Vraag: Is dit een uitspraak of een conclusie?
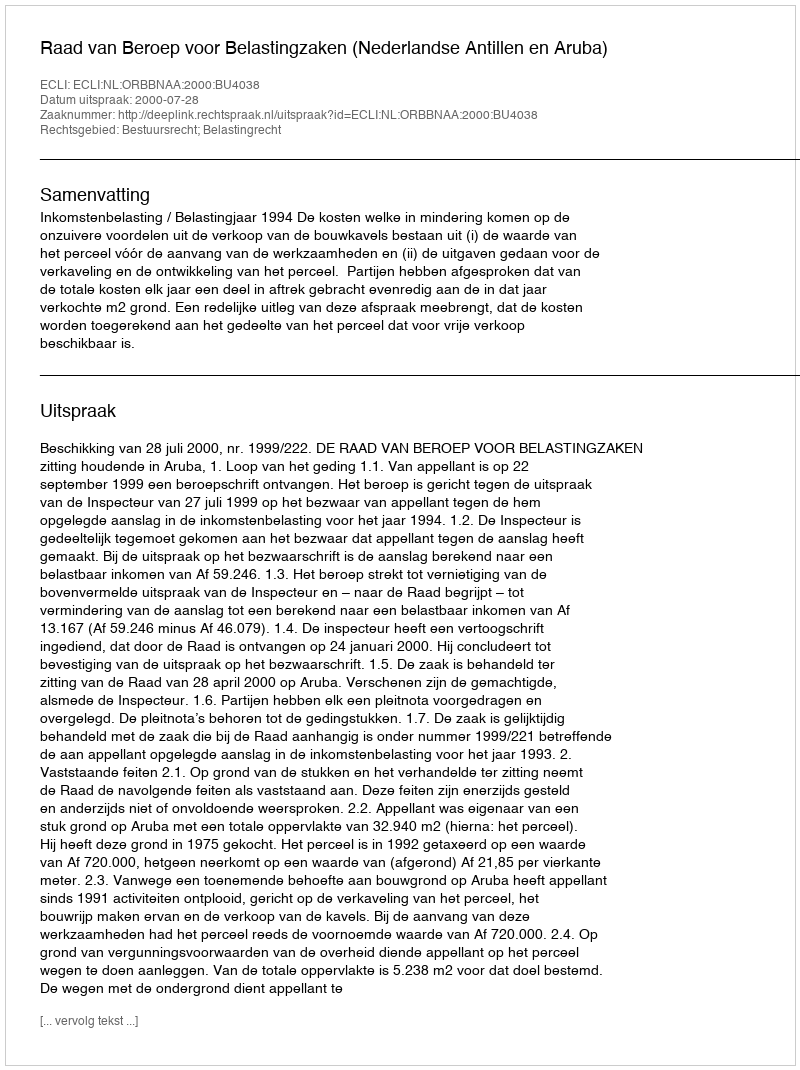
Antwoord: Uitspraak